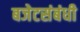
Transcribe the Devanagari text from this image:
बजेटसंबंधी